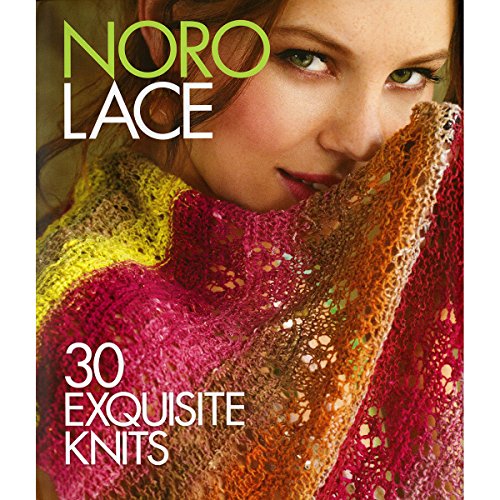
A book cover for Noro Lace: 30 Exquisite Knits (Knit Noro Collection); Crafts, Hobbies & Home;